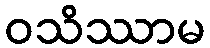
ဝသိဿာမ